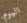
اليوم